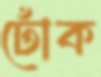
ঢোঁক